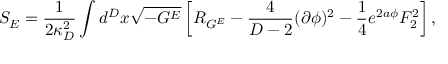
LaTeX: S _ { E } = { \frac { 1 } { 2 \kappa _ { D } ^ { 2 } } } \int d ^ { D } x \sqrt { - G ^ { E } } \left[ { \cal R } _ { G ^ { E } } - { \frac { 4 } { D - 2 } } ( \partial \phi ) ^ { 2 } - { \frac { 1 } { 4 } } e ^ { 2 a \phi } F _ { 2 } ^ { 2 } \right] ,